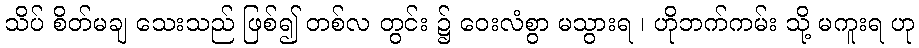
သိပ် စိတ်မချ သေးသည် ဖြစ်၍ တစ်လ တွင်း ၌ ဝေးလံစွာ မသွားရ ၊ ဟိုဘက်ကမ်း သို့ မကူးရ ဟု